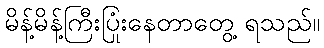
မိန့်မိန့်ကြီးပြုံးနေတာတွေ့ ရသည်။